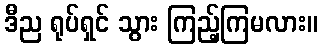
ဒီည ရုပ်ရှင် သွား ကြည့်ကြမလား။